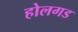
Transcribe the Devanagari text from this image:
होलगड